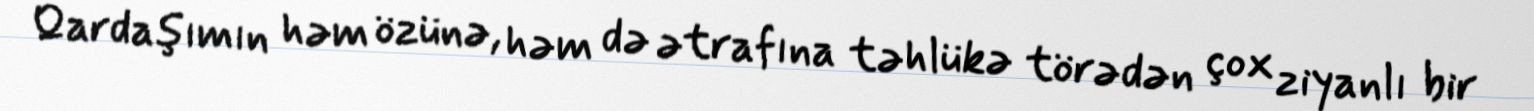
Qardaşımın həm özünə, həm də ətrafına təhlükə törədən çox ziyanlı bir